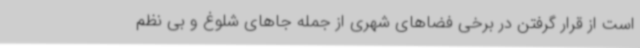
است از قرار گرفتن در برخی فضاهای شهری از جمله جاهای شلوغ و بی نظم